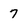
Character: 7